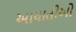
આયાતીઓ